Calcutta medical institutions reports 1879-81 [i.e.91]
Year: 1879
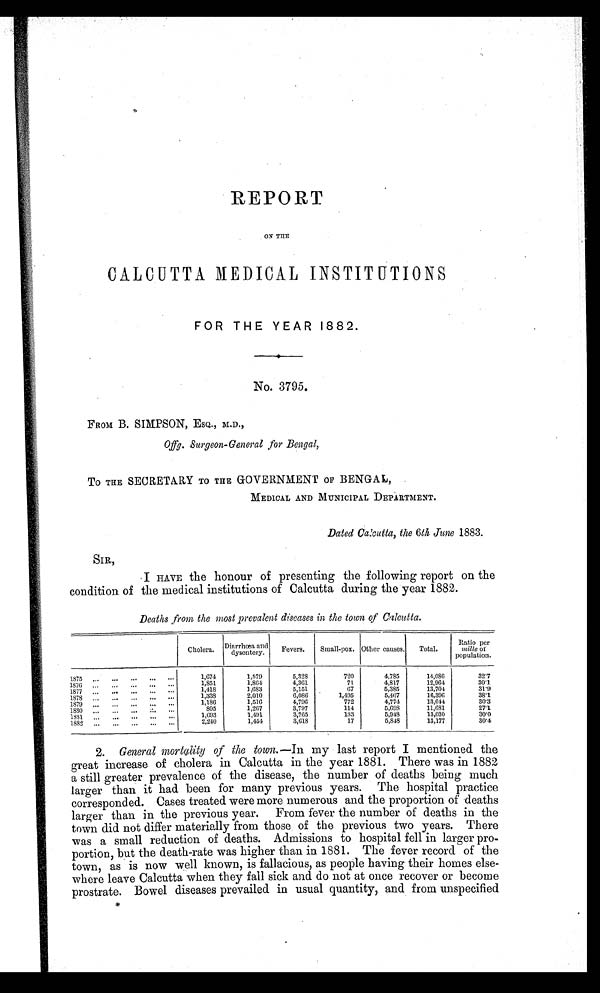
REPORT
ON THE
CALCUTTA MEDICAL INSTITUTIONS
FOR THE YEAR 1882.
No. 3795.
FROM B. SIMPSON, ESQ., M.D.,
Offg. Surgeon-General for Bengal,
To THE SECRETARY TO THE GOVERNMENT OF BENGAL,
MEDICAL AND MUNICIPAL DEPARTMENT.
Dated Calcutta, the 6th June 1883.
SIR,
I HAVE the honour of presenting the following report on the
condition of the medical institutions of Calcutta during the year 1882.
Deaths ,from the most prevalent diseases in the town of Calcutta.
Cholera.
Diarrhœa and
dysentery.
Fevers.
Small-pox. Other causes.
Total.
Ratio per
milleo f
Population.
1875
1,674
1,579
5,328
720
4,785
14,086
32.7
1876
1,851
1,864
4,361
71
4,817
1 2 , 9 6 4
30.1
1877
1,418
1,683
5,151
67
5,385
13,704
31.9
1878
1,338
2,010
6,086
1,495
5,467
16,396
38.1
1879
1,186
1,516
4,796
772
4,774
13,044
30.3
1880
805
1,267
3,797
114
5,698
11,681
27.1
1881
1,693
1,491
3,765
133
5,948
13,030
30.0
1882
2,240
1,454
3,618
17
5,848
13,177
30.4
2. General mortality of the town.—In my last report I mentioned the
great increase of cholera in Calcutta in the year 1881. There was in 1882
a still greater prevalence of the disease, the number of deaths being much
larger than it had been for many previous years. The hospital practice
corresponded. Cases treated were more numerous and the proportion of deaths
larger than in the previous year. From fever the number of deaths in the
town did not differ materially from those of the previous two years. There
was a small reduction of deaths. Admissions to hospital fell in larger pro-
portion, but the death-rate was higher than in 1881. The fever record of the
town, as is now well known, is fallacious, as people having their homes else-
where leave Calcutta when they fall sick and do not at once recover or become
prostrate. Bowel diseases prevailed in usual quantity, and from unspecified
*